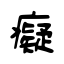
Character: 癡